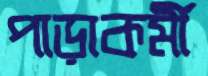
পাড়াকর্মী